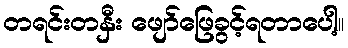
တရင်းတနှီး ဖျော်ဖြေခွင့်ရတာပေါ့။